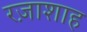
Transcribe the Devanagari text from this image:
रज़ाशाह